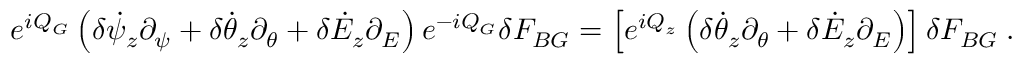
e ^ { i Q _ { G } } \left( \delta \dot { \psi } _ { z } \partial _ { \psi } + \delta \dot { \theta } _ { z } \partial _ { \theta } + \delta \dot { \cal E } _ { z } \partial _ { \cal E } \right) e ^ { - i Q _ { G } } \delta F _ { B G } = \left[ e ^ { i Q _ { z } } \left( \delta \dot { \theta } _ { z } \partial _ { \theta } + \delta \dot { \cal E } _ { z } \partial _ { \cal E } \right) \right] \delta F _ { B G } \; .